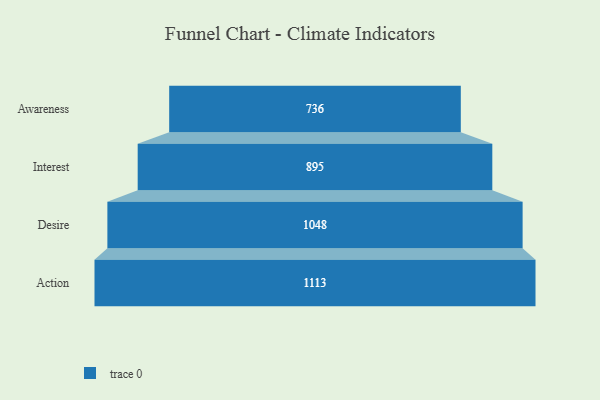
{"axis": {"x": "Stage", "y": "Value"}, "legend": [""], "data": [{"x": "Awareness", "y": 736.0, "type": ""}, {"x": "Interest", "y": 895.0, "type": ""}, {"x": "Desire", "y": 1048.0, "type": ""}, {"x": "Action", "y": 1113.0, "type": ""}]}